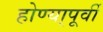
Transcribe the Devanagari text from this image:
होण्या्पूर्वी